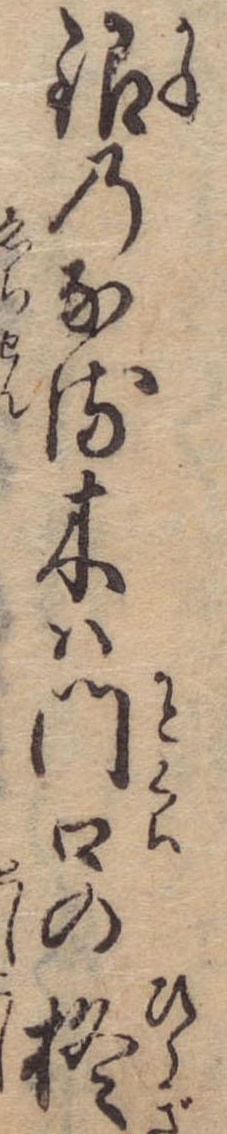
銀のなる木は門口の柊